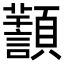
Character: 𩕸